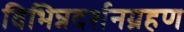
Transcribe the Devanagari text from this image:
विभिन्नदर्शनग्रहण